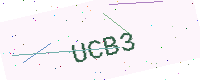
Text: UCB3